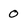
Character: 0